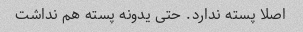
اصلا پسته ندارد. حتی یدونه پسته هم نداشت